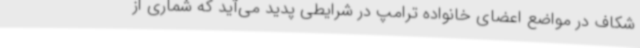
شکاف در مواضع اعضای خانواده ترامپ در شرایطی پدید می‌آید که شماری از